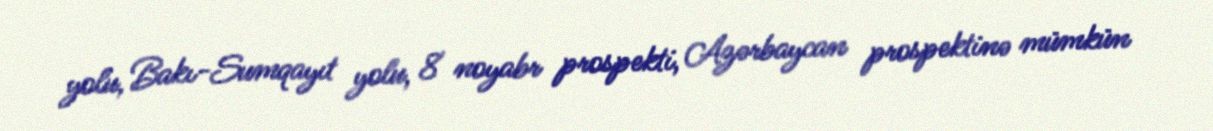
yolu, Bakı-Sumqayıt yolu, 8 noyabr prospekti, Azərbaycan prospektinə mümkün